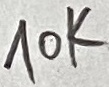
Text: 10K